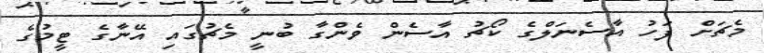
މެޗަށް ފަހު އާސެނަލްގެ ކޯޗު އާސެން ވެންގާ ބުނީ މެޗުގައި އޭނާގެ ޓީމުގެ